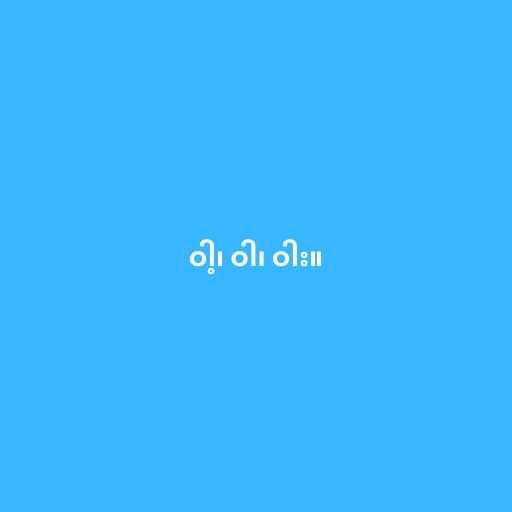
ဝါ့၊ ဝါ၊ ဝါး။